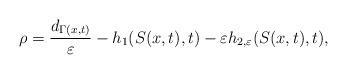
LaTeX: \begin{align*}\rho=\frac{d_{\Gamma(x, t)}}{\varepsilon}-h_1(S(x,t), t)-\varepsilon h_{2,\varepsilon}(S(x, t), t),\end{align*}